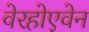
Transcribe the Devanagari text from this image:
वेरहोएवेन